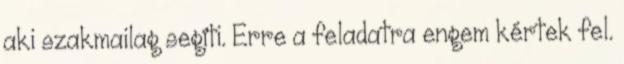
aki szakmailag segíti. Erre a feladatra engem kértek fel.